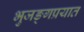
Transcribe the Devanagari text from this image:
भुजङ्गप्रयात